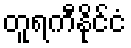
တူရကီနိုင်ငံ